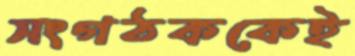
সংগঠককেই